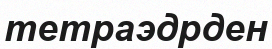
тетраэдрден